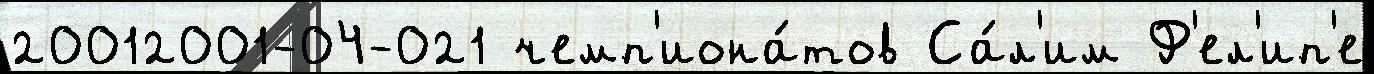
20012001-04-021 чемп'иона́тов Са́л'им Ф'ел'ип'е